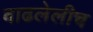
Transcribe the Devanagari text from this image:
वाढलेलीच